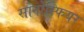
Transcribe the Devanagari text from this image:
सोनोस्फियर